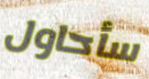
سأحاول